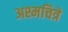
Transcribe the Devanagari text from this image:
अश्मचित्रे